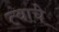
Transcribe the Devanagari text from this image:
त्वाचे